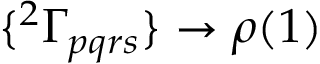
\{ { ^ { 2 } \Gamma _ { p q r s } } \} \to \rho ( 1 )